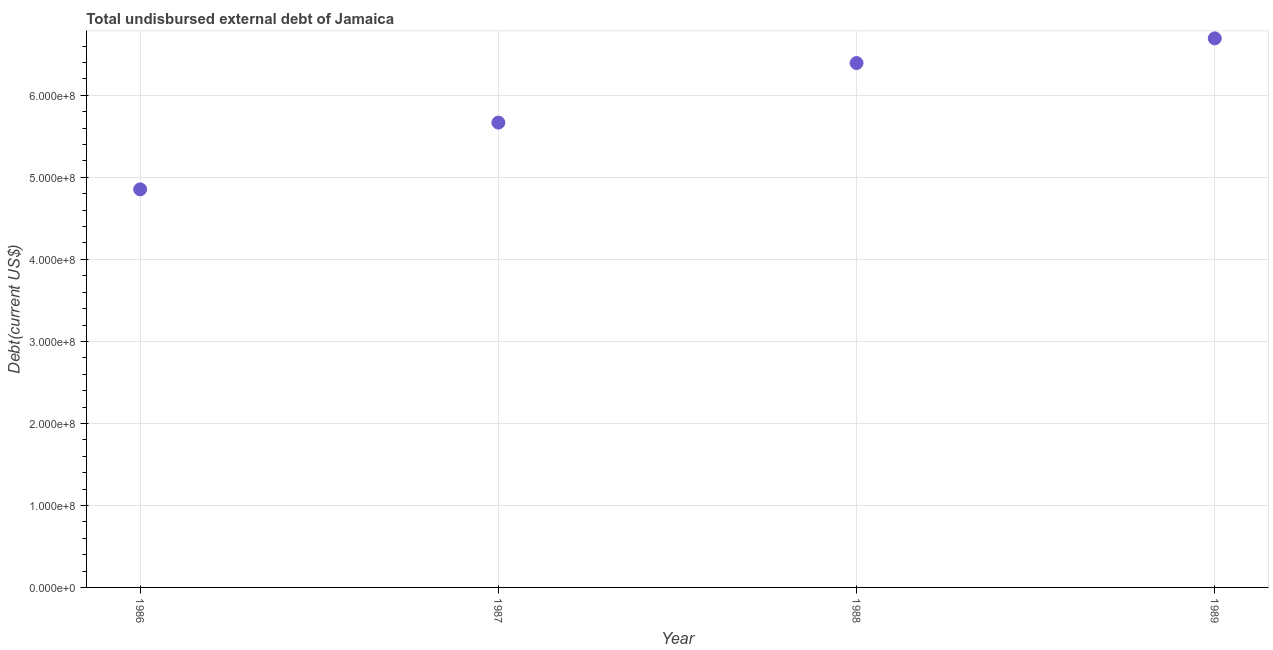
| Year | Total debt |
 | --- | --- |
 | 1986 | 4.85e+08 |
 | 1987 | 5.67e+08 |
 | 1988 | 6.39e+08 |
 | 1989 | 6.7e+08 |